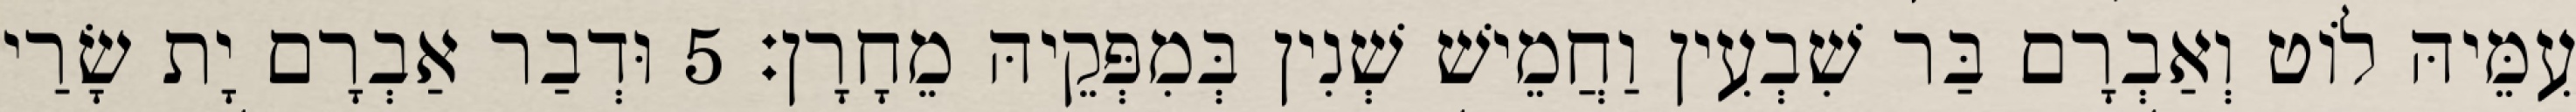
עִמֵּיהּ לוֹט וְאַבְרָם בַּר שִׁבְעִין וַחֲמֵישׁ שְׁנִין בְּמִפְּקֵיהּ מֵחָרָן׃ 5 וּדְבַר אַבְרָם יָת שָׂרַי